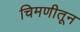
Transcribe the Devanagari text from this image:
चिमणीतून